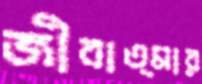
জীবাত্মার